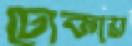
ঢোকায়